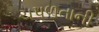
ચપળતાની